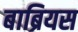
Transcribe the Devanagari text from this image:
बाब्रियस